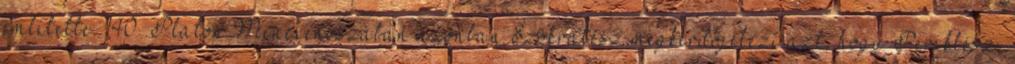
említette. 140 Platón Menexenoszában azonban Szókratész megkérdőjelezi azt, hogy Periklész,